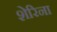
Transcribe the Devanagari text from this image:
शेरिना